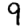
Digit: 9